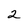
Character: 2